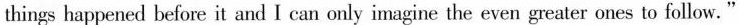
things happened before it and I can only imagine the even greater ones to follow."